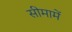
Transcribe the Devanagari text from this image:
सीमामें